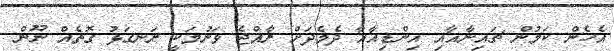
އެހެން ކަމުން ޗައިނާއާއި އިންޑިއާއާ ދެމެދަށް ރާއްޖެ ވަނުމަކީ ރަނގަޅު ގޮތެއް ނޫން